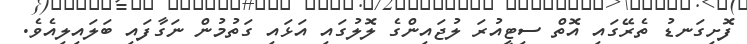
ފޮށިގަނޑު ތެރޭގައި އޮތް ސިޓީއުރަ ލުޖައިންގެ ލޮލުގައި އަޅައި ގަތުމުން ނަގާފައި ބަލައިލިއެވެ.